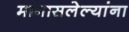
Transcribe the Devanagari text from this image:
मागासलेल्यांना